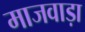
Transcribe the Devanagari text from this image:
माजवाड़ा